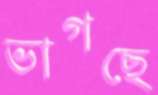
ভাগছে